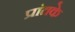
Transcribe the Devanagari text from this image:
प्रांतके